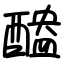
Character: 醠